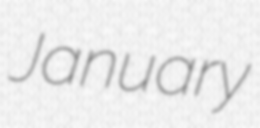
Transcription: January